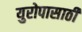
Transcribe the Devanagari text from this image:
युरोपासाठी